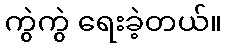
ကွဲကွဲ ရေးခဲ့တယ်။